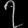
Digit: ၇